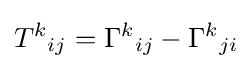
{T^{k}}_{ij}={\Gamma ^{k}}_{ij}-{\Gamma ^{k}}_{ji}